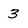
Character: 3